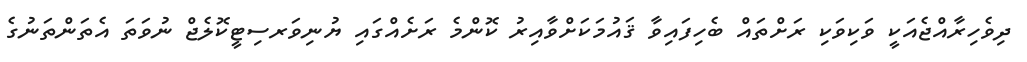
ދިވެހިރާއްޖެއަކީ ވަކިވަކި ރަށްތައް ބެހިފައިވާ ޤައުމަކަށްވާއިރު ކޮންމެ ރަށެއްގައި ޔުނިވަރސިޓީކޮލެޖް ނުވަތަ އެތަންތަނުގެ